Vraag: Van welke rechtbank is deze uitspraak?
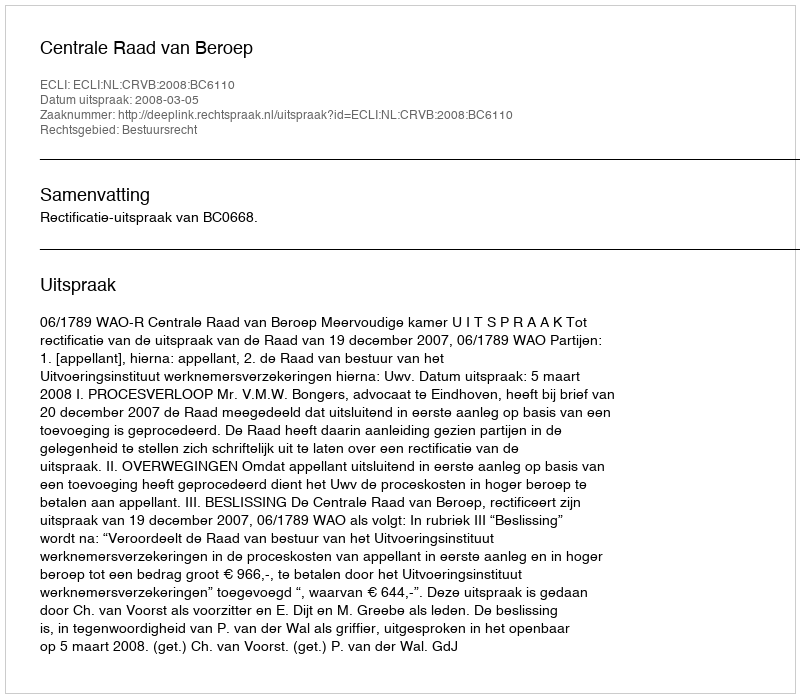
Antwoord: Centrale Raad van Beroep